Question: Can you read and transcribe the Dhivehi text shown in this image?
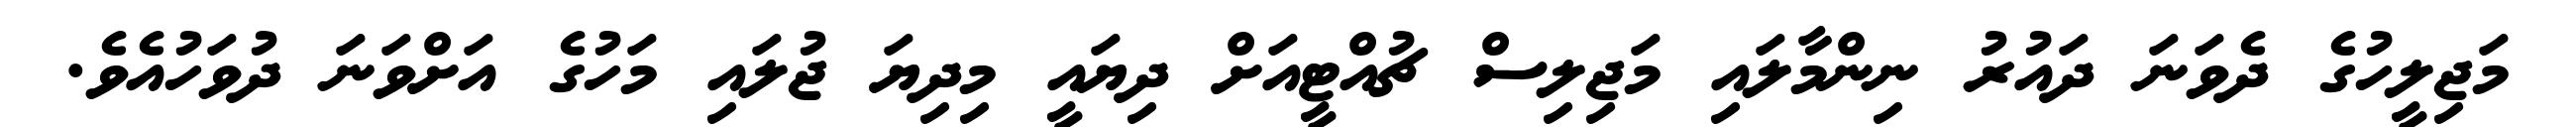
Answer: މަޖިލީހުގެ ދެވަނަ ދައުރު ނިންމާލައި މަޖިލިސް ޗުއްޓީއަށް ދިޔައީ މިދިޔަ ޖުލައި މަހުގެ އަށްވަނަ ދުވަހުއެވެ.